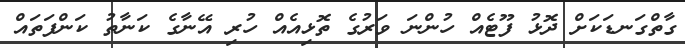
ގާތްގަނޑަކަށް ދޮޅު ފޫޓެއް ހުންނަ ވަރުގެ ތޮޅިއެއް ހުރި އޭނާގެ ކަނާތު ކަންފަތައް